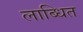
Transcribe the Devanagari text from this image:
लाब्धित